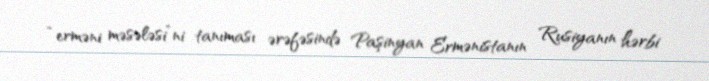
“erməni məsələsi”ni tanıması ərəfəsində Paşinyan Ermənistanın Rusiyanın hərbi